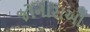
જોનારાઓ